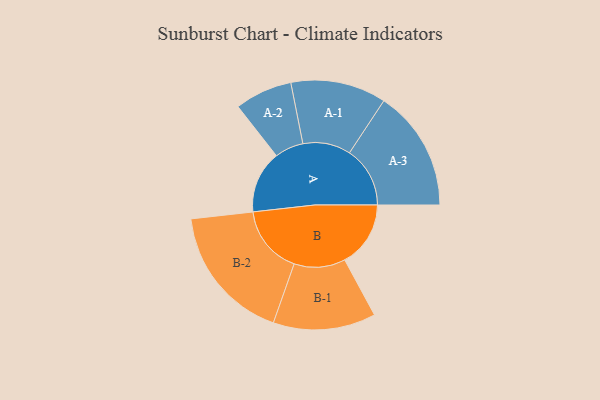
{"axis": {"x": "Segment", "y": "Value"}, "legend": ["", "A", "B"], "data": [{"x": "A", "y": 269, "type": ""}, {"x": "B", "y": 284, "type": ""}, {"x": "A-1", "y": 206, "type": "A"}, {"x": "A-2", "y": 124, "type": "A"}, {"x": "A-3", "y": 261, "type": "A"}, {"x": "B-1", "y": 221, "type": "B"}, {"x": "B-2", "y": 296, "type": "B"}]}